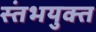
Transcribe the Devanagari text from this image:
स्तंभयुक्त